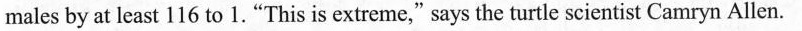
males by at least 116 to 1."This is extreme," says the turtle scientist Camryn Allen.